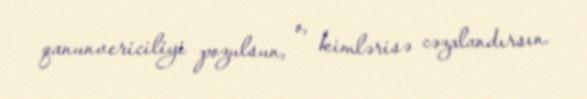
qanunvericiliyi pozulsun, o, kimlərisə cəzalandırsın.